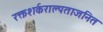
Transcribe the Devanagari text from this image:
रक्तशर्कराल्पताजनित